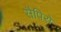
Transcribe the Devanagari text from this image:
सैपिरो